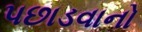
પછાડવાનો